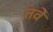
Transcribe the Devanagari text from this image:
तवें